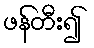
ဖန်တီး၍